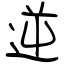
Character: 逆